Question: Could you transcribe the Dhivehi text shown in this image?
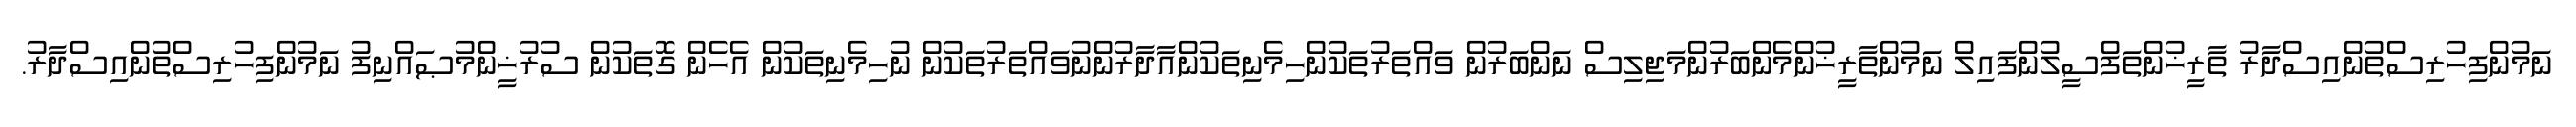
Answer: ނަމުންފިހުރިސްތުންއިސްދާރު ތާރީޚުންތަފްސީލުންފައިލް ނަމުންތާރީޚުންމެންބަރުންމަޖިލިސް ނަންބަރުން ވައްތަރުތަކުންހިމެނިތަކުންއާދާރުންނުވައްތަރުތަކުން ނުހިމެނިތަކުން އެހެން ގޮތަކުން ސުރުޚީންމުޞައްނިފު ނަމުންފިހުރިސްތުންއިސްދާރު.